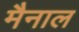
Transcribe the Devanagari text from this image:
मैनाल